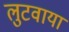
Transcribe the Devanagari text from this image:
लुटवाया